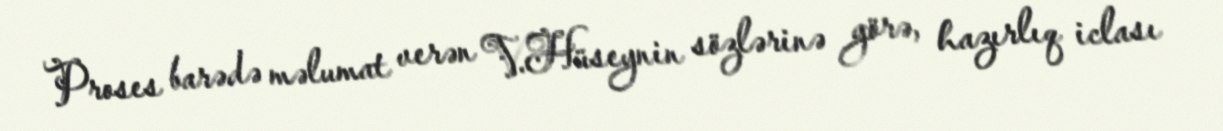
Proses barədə məlumat verən V.Hüseynin sözlərinə görə, hazırlıq iclası